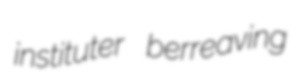
instituter berreaving